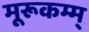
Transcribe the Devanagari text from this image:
मूरूकम्म्